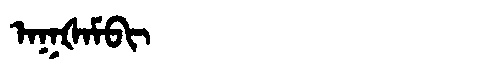
Manchu: ᠠᡴᡧᠠᠮᠪᡳ
Romanization: AKŠAMBI